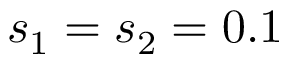
s _ { 1 } = s _ { 2 } = 0 . 1